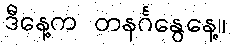
ဒီနေ့က တနင်္ဂနွေနေ့။